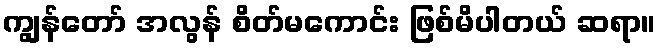
ကျွန်တော် အလွန် စိတ်မကောင်း ဖြစ်မိပါတယ် ဆရာ။